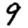
Digit: 9